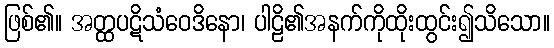
ဖြစ်၏။ အတ္ထပဋိသံဝေဒိနော၊ ပါဠိ၏အနက်ကိုထိုးထွင်း၍သိသော။